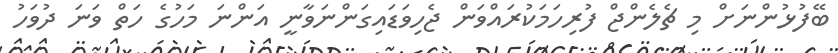
ބޭފުޅުންނަށް މި ޗެލެންޖް ފުރިހަމަކުރައްވަން ޖެހިވަޑައިގަންނަވާނީ އަންނަ މަހުގެ ހަތް ވަނަ ދުވަހު